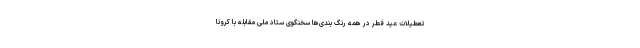
تعطیلات عید فطر در همه رنگ بندی‌ها سخنگوی ستاد ملی مقابله با کرونا